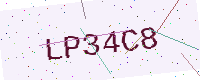
Text: LP34C8